Madras plague regulations and rules for district municipalities and other towns and villages
Disease focus: Plague
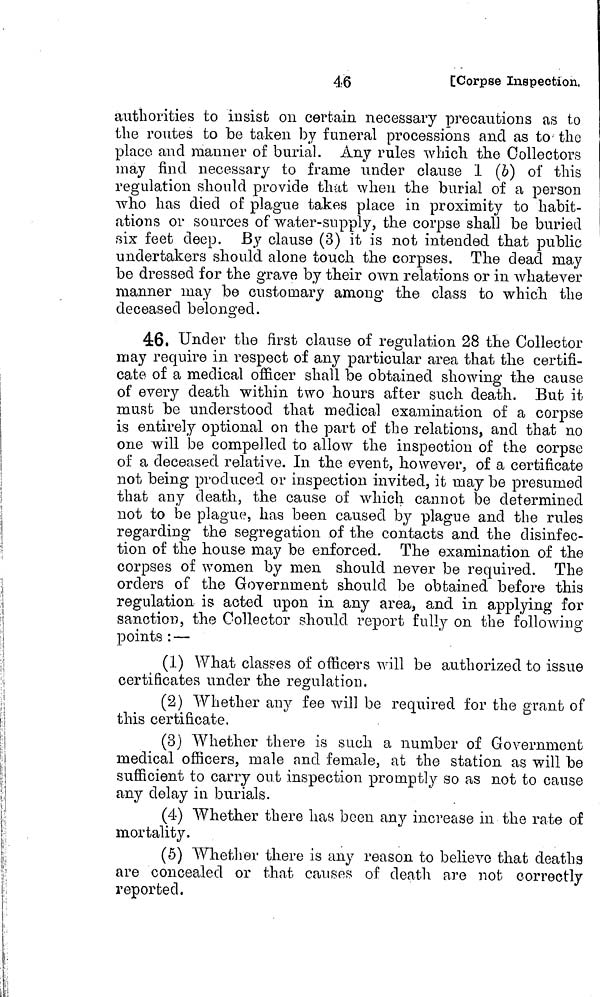
46
[Corpse Inspection.
authorities to insist on certain necessary precautions as to
the routes to be taken by funeral processions and as to the
placo and manner of burial. Any rules which the Collectors
may find necessary to frame under clause 1 (b) of this
regulation should provide that when the burial of a person
who has died of plague takes place in proximity to habit-
ations or sources of water-supply, the corpse shall be buried
six feet deep. By clause (3) it is not intended that public
undertakers should alone touch the corpses. The dead may
be dressed for the grave by their own relations or in whatever
manner may be customary among the class to which the
deceased belonged.
46, Under the first clause of regulation 28 the Collector
may require in respect of any particular area that the certifi-
cate of a medical officer shall be obtained showing the cause
of every death within two hours after such death. But it
must be understood that medical examination of a corpse
is entirely optional on the part of the relations, and that no
one will be compelled to allow the inspection of the corpse
of a deceased relative. In the event, however, of a certificate
not being produced or inspection invited, it may be presumed
that any death, the cause of which cannot be determined
not to be plague, has been caused by plague and the rules
regarding the segregation of the contacts and the disinfec-
tion of the house may be enforced. The examination of the
corpses of women by men should never be required. The
orders of the Government should be obtained before this
regulation is acted upon in any area, and in applying for
sanction, the Collector should report fully on the following
points : —
(1) What classes of officers will be authorized to issue
certificates under the regulation.
(2) Whether any fee will be required for the grant of
this certificate.
(3) Whether there is such a number of Government
medical officers, male and female, at the station as will be
sufficient to carry out inspection promptly so as not to cause
any delay in burials.
(4) Whether there has been any increase in the rate of
mortality.
(5) Whether there is any reason to believe that deaths-
are concealed or that causes of death are not correctly
reported.